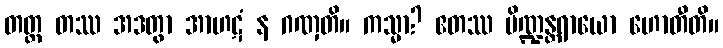
တတ္ထ တဿ အဒတွာ အာဟဋံ န ဂဏှတိ။ ကသ္မာ? ဧတဿ ပိဏ္ဍန္တရာယော ဟောတီတိ။